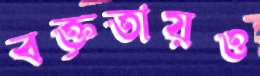
বক্তৃতায়ও